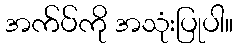
အက်ပ်ကို အသုံးပြုပါ။